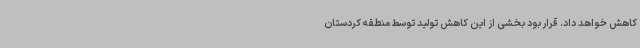
کاهش خواهد داد. قرار بود بخشی از این کاهش تولید توسط منطقه کردستان